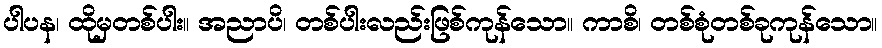
ပါပန၊ ထိုမှတစ်ပါး။ အညာပိ၊ တစ်ပါးလည်းဖြစ်ကုန်သော။ ကာစိ၊ တစ်စုံတစ်ခုကုန်သော။